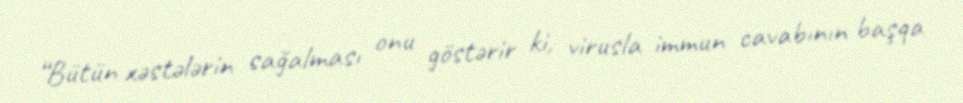
“Bütün xəstələrin sağalması onu göstərir ki, virusla immun cavabının başqa